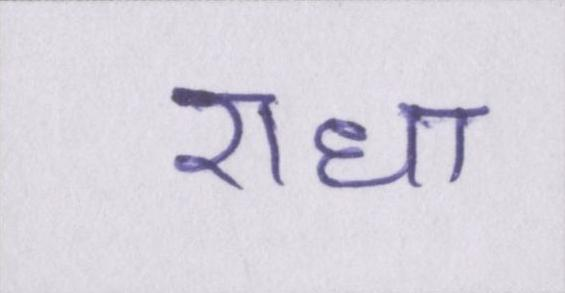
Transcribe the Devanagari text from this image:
राधा